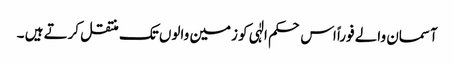
آسمان والے فوراً اس حکم الٰہی کو زمین والوں تک منتقل کرتے ہیں ۔